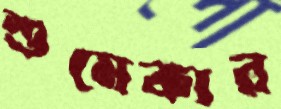
শুমেকার